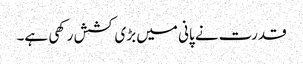
قدرت نے پانی میں بڑی کشش رکھی ہے۔